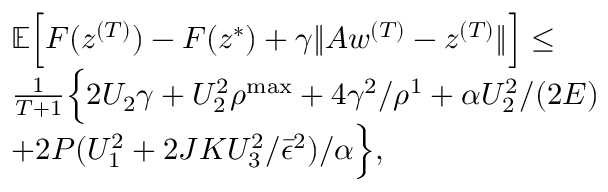
\begin{array} { r l } & { \mathbb { E } \Big [ F ( z ^ { ( T ) } ) - F ( z ^ { * } ) + \gamma \| A w ^ { ( T ) } - z ^ { ( T ) } \| \Big ] \leq } \\ & { \frac { 1 } { T + 1 } \Big \{ 2 U _ { 2 } \gamma + U _ { 2 } ^ { 2 } \rho ^ { \mathrm { m a x } } + 4 \gamma ^ { 2 } / \rho ^ { 1 } + \alpha U _ { 2 } ^ { 2 } / ( 2 E ) } \\ & { + 2 P ( U _ { 1 } ^ { 2 } + 2 J K U _ { 3 } ^ { 2 } / \bar { \epsilon } ^ { 2 } ) / \alpha \Big \} , } \end{array}